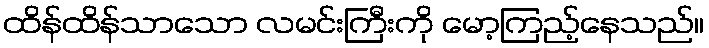
ထိန်ထိန်သာသော လမင်းကြီးကို မော့ကြည့်နေသည်။